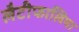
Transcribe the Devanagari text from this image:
लैटीफालिया